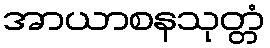
အာယာစနသုတ္တံ